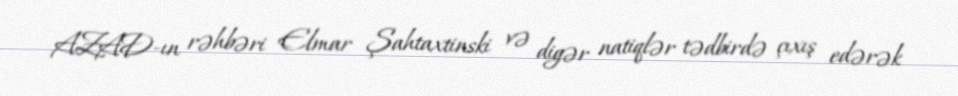
AZAD-ın rəhbəri Elmar Şahtaxtinski və digər natiqlər tədbirdə çıxış edərək